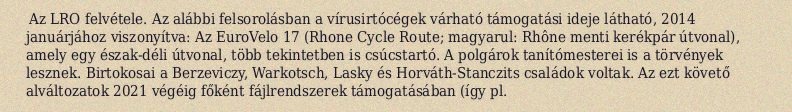
Az LRO felvétele. Az alábbi felsorolásban a vírusirtócégek várható támogatási ideje látható, 2014 januárjához viszonyítva: Az EuroVelo 17 (Rhone Cycle Route; magyarul: Rhône menti kerékpár útvonal), amely egy észak-déli útvonal, több tekintetben is csúcstartó. A polgárok tanítómesterei is a törvények lesznek. Birtokosai a Berzeviczy, Warkotsch, Lasky és Horváth-Stanczits családok voltak. Az ezt követő alváltozatok 2021 végéig főként fájlrendszerek támogatásában (így pl.